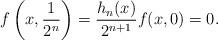
LaTeX: \begin{align*}f\left(x,\frac{1}{2^n}\right)=\frac{h_n(x)}{2^{n+1}} f(x,0)=0.\end{align*}